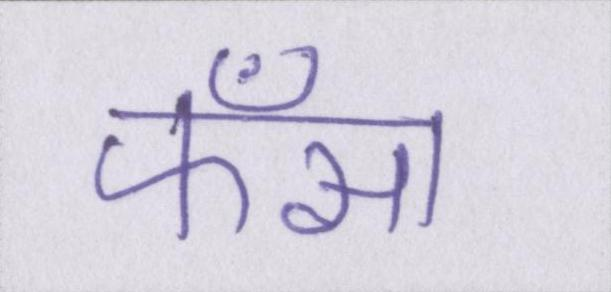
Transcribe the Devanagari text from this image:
फँसा